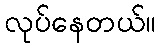
လုပ်နေတယ်။